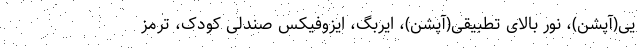
یی(آپشن)، نور بالای تطبیقی(آپشن)، ایربگ، ایزوفیکس صندلی کودک، ترمز